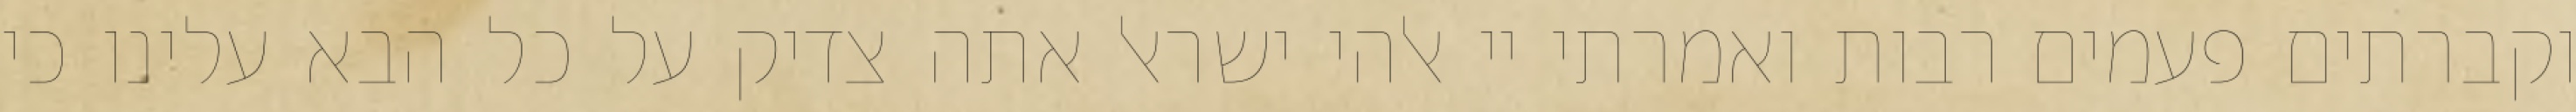
וקברתים פעמים רבות ואמרתי יי אלהי ישראל אתה צדיק על כל הבא עלינו כי